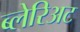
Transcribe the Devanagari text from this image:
ब्लेरिअट